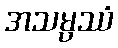
အသမ္ပဿံ